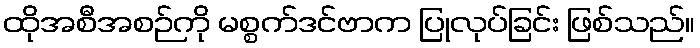
ထိုအစီအစဉ်ကို မစ္စက်ဒင်ဗာက ပြုလုပ်ခြင်း ဖြစ်သည်။